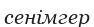
сенімгер